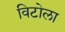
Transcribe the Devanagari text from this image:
विटोला